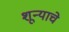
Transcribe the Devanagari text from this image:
शून्याचे